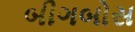
બીગબોસ